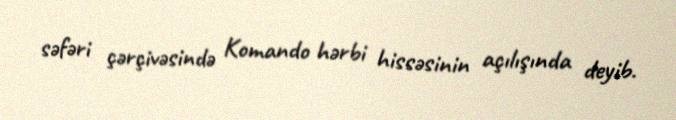
səfəri çərçivəsində Komando hərbi hissəsinin açılışında deyib.